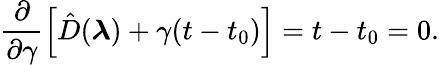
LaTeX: \frac{\partial}{\partial\gamma}\left[\hat{D}(\boldsymbol{\lambda})+\gamma(t-t_{0})\right]=t-t_{0}=0.